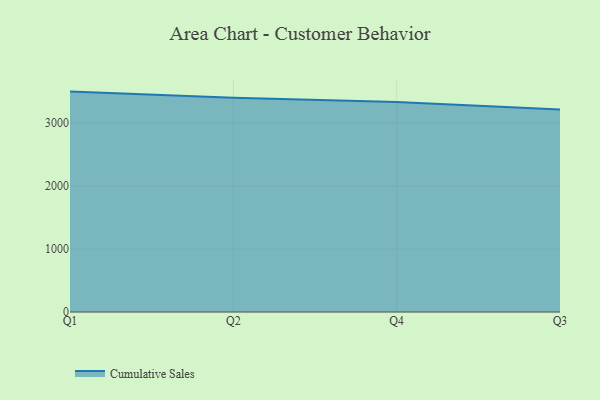
{"axis": {"x": "Quarter", "y": "Gross Profit (USD K)"}, "legend": ["Cumulative Sales"], "data": [{"x": "Q1", "y": 3498.6, "type": "Cumulative Sales"}, {"x": "Q2", "y": 3400.6, "type": "Cumulative Sales"}, {"x": "Q4", "y": 3333.6, "type": "Cumulative Sales"}, {"x": "Q3", "y": 3215.7, "type": "Cumulative Sales"}]}